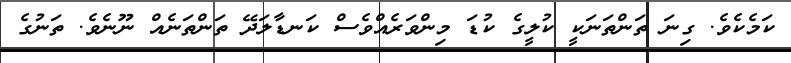
ކަމެކެވެ. ގިނަ ތަންތަނަކީ ކުލީގެ ކުޑަ މިންވަރެއްވެސް ކަނޑާލަދޭ ތަންތަނެއް ނޫނެވެ. ތަނުގެ